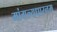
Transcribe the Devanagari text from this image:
मांगल्यधारनम